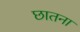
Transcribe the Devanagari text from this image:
छातना